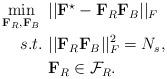
LaTeX: \begin{align*}\begin{aligned} \min_{\mathbf{F}_R, \mathbf{F}_B}~& ||\mathbf{F}^\star - \mathbf{F}_R\mathbf{F}_B||_F\\ s.t.~& ||\mathbf{F}_R\mathbf{F}_B||_F^2 = N_s, \\ & \mathbf{F}_R \in \mathcal{F}_R.\end{aligned}\end{align*}